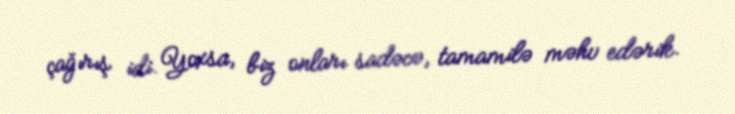
çağırış idi. Yoxsa, biz onları sadəcə, tamamilə məhv edərik.